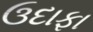
ઉદાફા